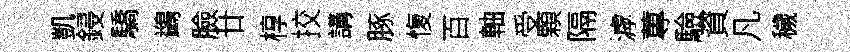
凱鋟驕鷁臉廿椁挍講䐁愎百軸受顆隔滹蓴驗資凡穢